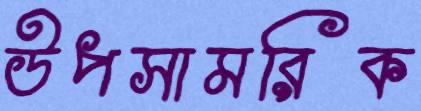
উপসামরিক